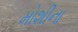
મોશીના